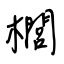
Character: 櫚